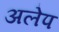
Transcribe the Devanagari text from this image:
अलेप